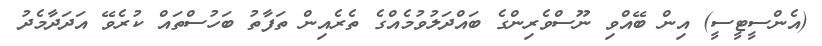
(އެންސީޓީސީ) އިން ބޭއްވި ނޫސްވެރިންގެ ބައްދަލުވުމެއްގެ ތެރެއިން ތަފާތު ބަހުސްތައް ކުރެވޭ އަދަދާމެދު